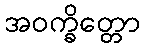
အဝက္ခိတ္တော